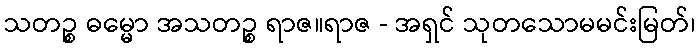
သတဉ္စ ဓမ္မော အသတဉ္စ ရာဇ။ရာဇ - အရှင် သုတသောမမင်းမြတ်၊